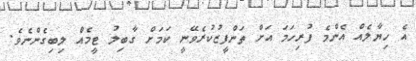
އެ ހިޔާލެއް އެންމެ ފުރިހަމަ އަށް ތަންފީޒުކުރެވޭނީ ކަމަށް ގާބިލު ޓީމެއް ލިބިގެންނެވެ.